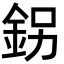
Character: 䤢